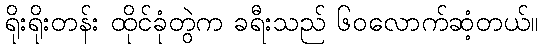
ရိုးရိုးတန်း ထိုင်ခုံတွဲက ခရီးသည် ၆၀လောက်ဆံ့တယ်။